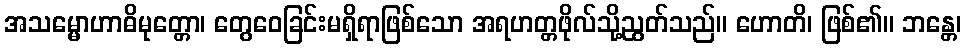
အသမ္မောဟာဓိမုတ္တော၊ တွေဝေခြင်းမရှိရာဖြစ်သော အရဟတ္တဖိုလ်သို့ညွတ်သည်။ ဟောတိ၊ ဖြစ်၏။ ဘန္တေ၊